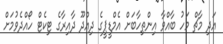
އަދި މާޗް މަހު ބާއްވާ އިންތިހާބަށް އެމްޑީޕީގެ ދިއްދޫ ދާއިރާގެ ޓިކެޓް ހޯއްދެވުމަށް